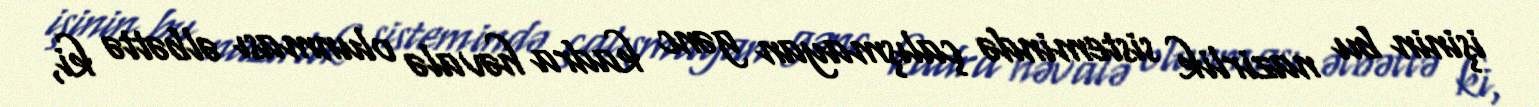
işinin bu nazirlik sistemində çalışmayan gənc kadra həvalə olunması əlbəttə ki,